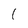
Character: I